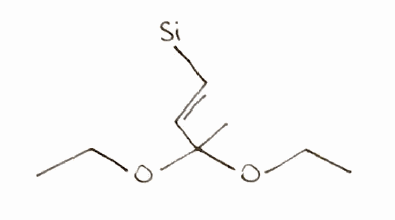
Simplified molecular-input line-entry system (SMILES) notation of the given molecule:
CCOC(C)(/C=C/[Si])OCC